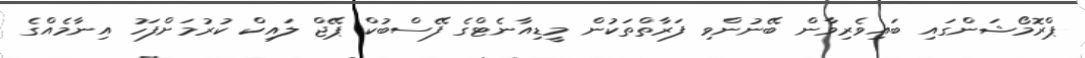
ޕްރޮމޯޝަންގައި ބައިވެރިވާން ބޭނުންވި ފަރާތްތަކުން މީޑިއާނެޓްގެ ފޭސްބުކް ޕޭޖް ލައިކް ކުރުމަށްފަހު އިނާމެއްގެ